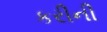
કરીની